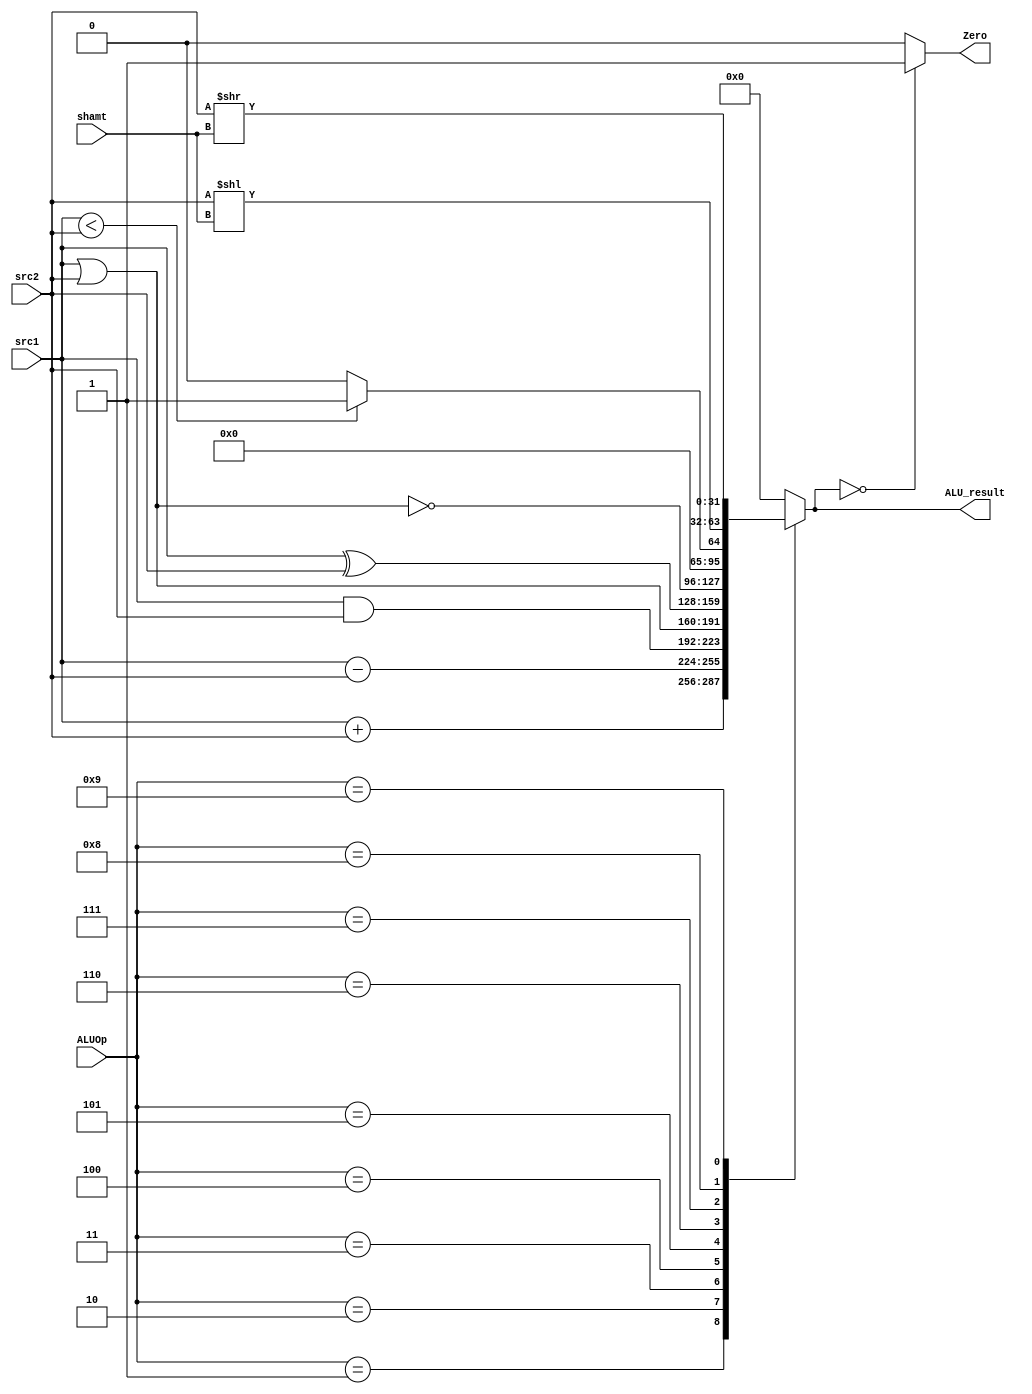
// ALU

module ALU ( ALUOp,
			 src1,
			 src2,
			 shamt,
			 ALU_result,
			 Zero);
	
	parameter bit_size = 32;
	
	input [3:0] ALUOp;
	input [bit_size-1:0] src1;
	input [bit_size-1:0] src2;
	input [4:0] shamt;
	
	output [bit_size-1:0] ALU_result;
	output Zero;
	
	// write your code in here
	reg	[bit_size-1:0] ALU_result; 	
	reg	Zero;
		
	always @(*)
	begin	
		ALU_result=0;
		case (ALUOp)
		//4'b0000: no operation
		4'b0001: ALU_result = src1+src2;		//add
		4'b0010: ALU_result = src1-src2;		//sub
		4'b0011: ALU_result = src1&src2;		//and
		4'b0100: ALU_result = src1|src2;		//or
		4'b0101: ALU_result = src1^src2;		//xor
		4'b0110: ALU_result = ~(src1|src2);		//nor
		4'b0111: ALU_result = (src1<src2)?1:0;	//slt
		4'b1000: ALU_result = src2<<shamt;		//shift left
		4'b1001: ALU_result = src2>>shamt;		//shift right
		4'b1010: Zero = (src1 == src2)?1:0;		//beq
		4'b1011: Zero = (src1 != src2)?1:0;		//bne			
		endcase		
		Zero = (ALU_result==0)?1:0;
	end
	

endmodule